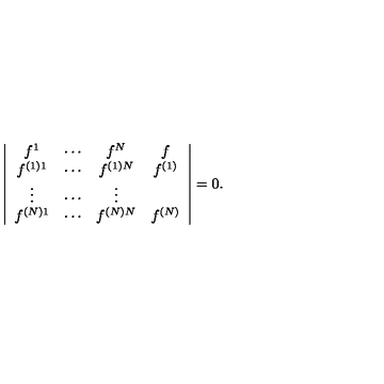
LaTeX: \left| \begin{array} { c c c c } { f ^ { 1 } } & { \cdots } & { f ^ { N } } & { f } \\ { f ^ { ( 1 ) 1 } } & { \cdots } & { f ^ { ( 1 ) N } } & { f ^ { ( 1 ) } } \\ { \vdots } & { \cdots } & { \vdots } \\ { f ^ { ( N ) 1 } } & { \cdots } & { f ^ { ( N ) N } } & { f ^ { ( N ) } } \\ \end{array} \right| = 0 .